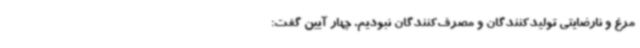
مرغ و نارضایتی تولیدکنندگان و مصرف‌کنندگان نبودیم. چهار آیین گفت: